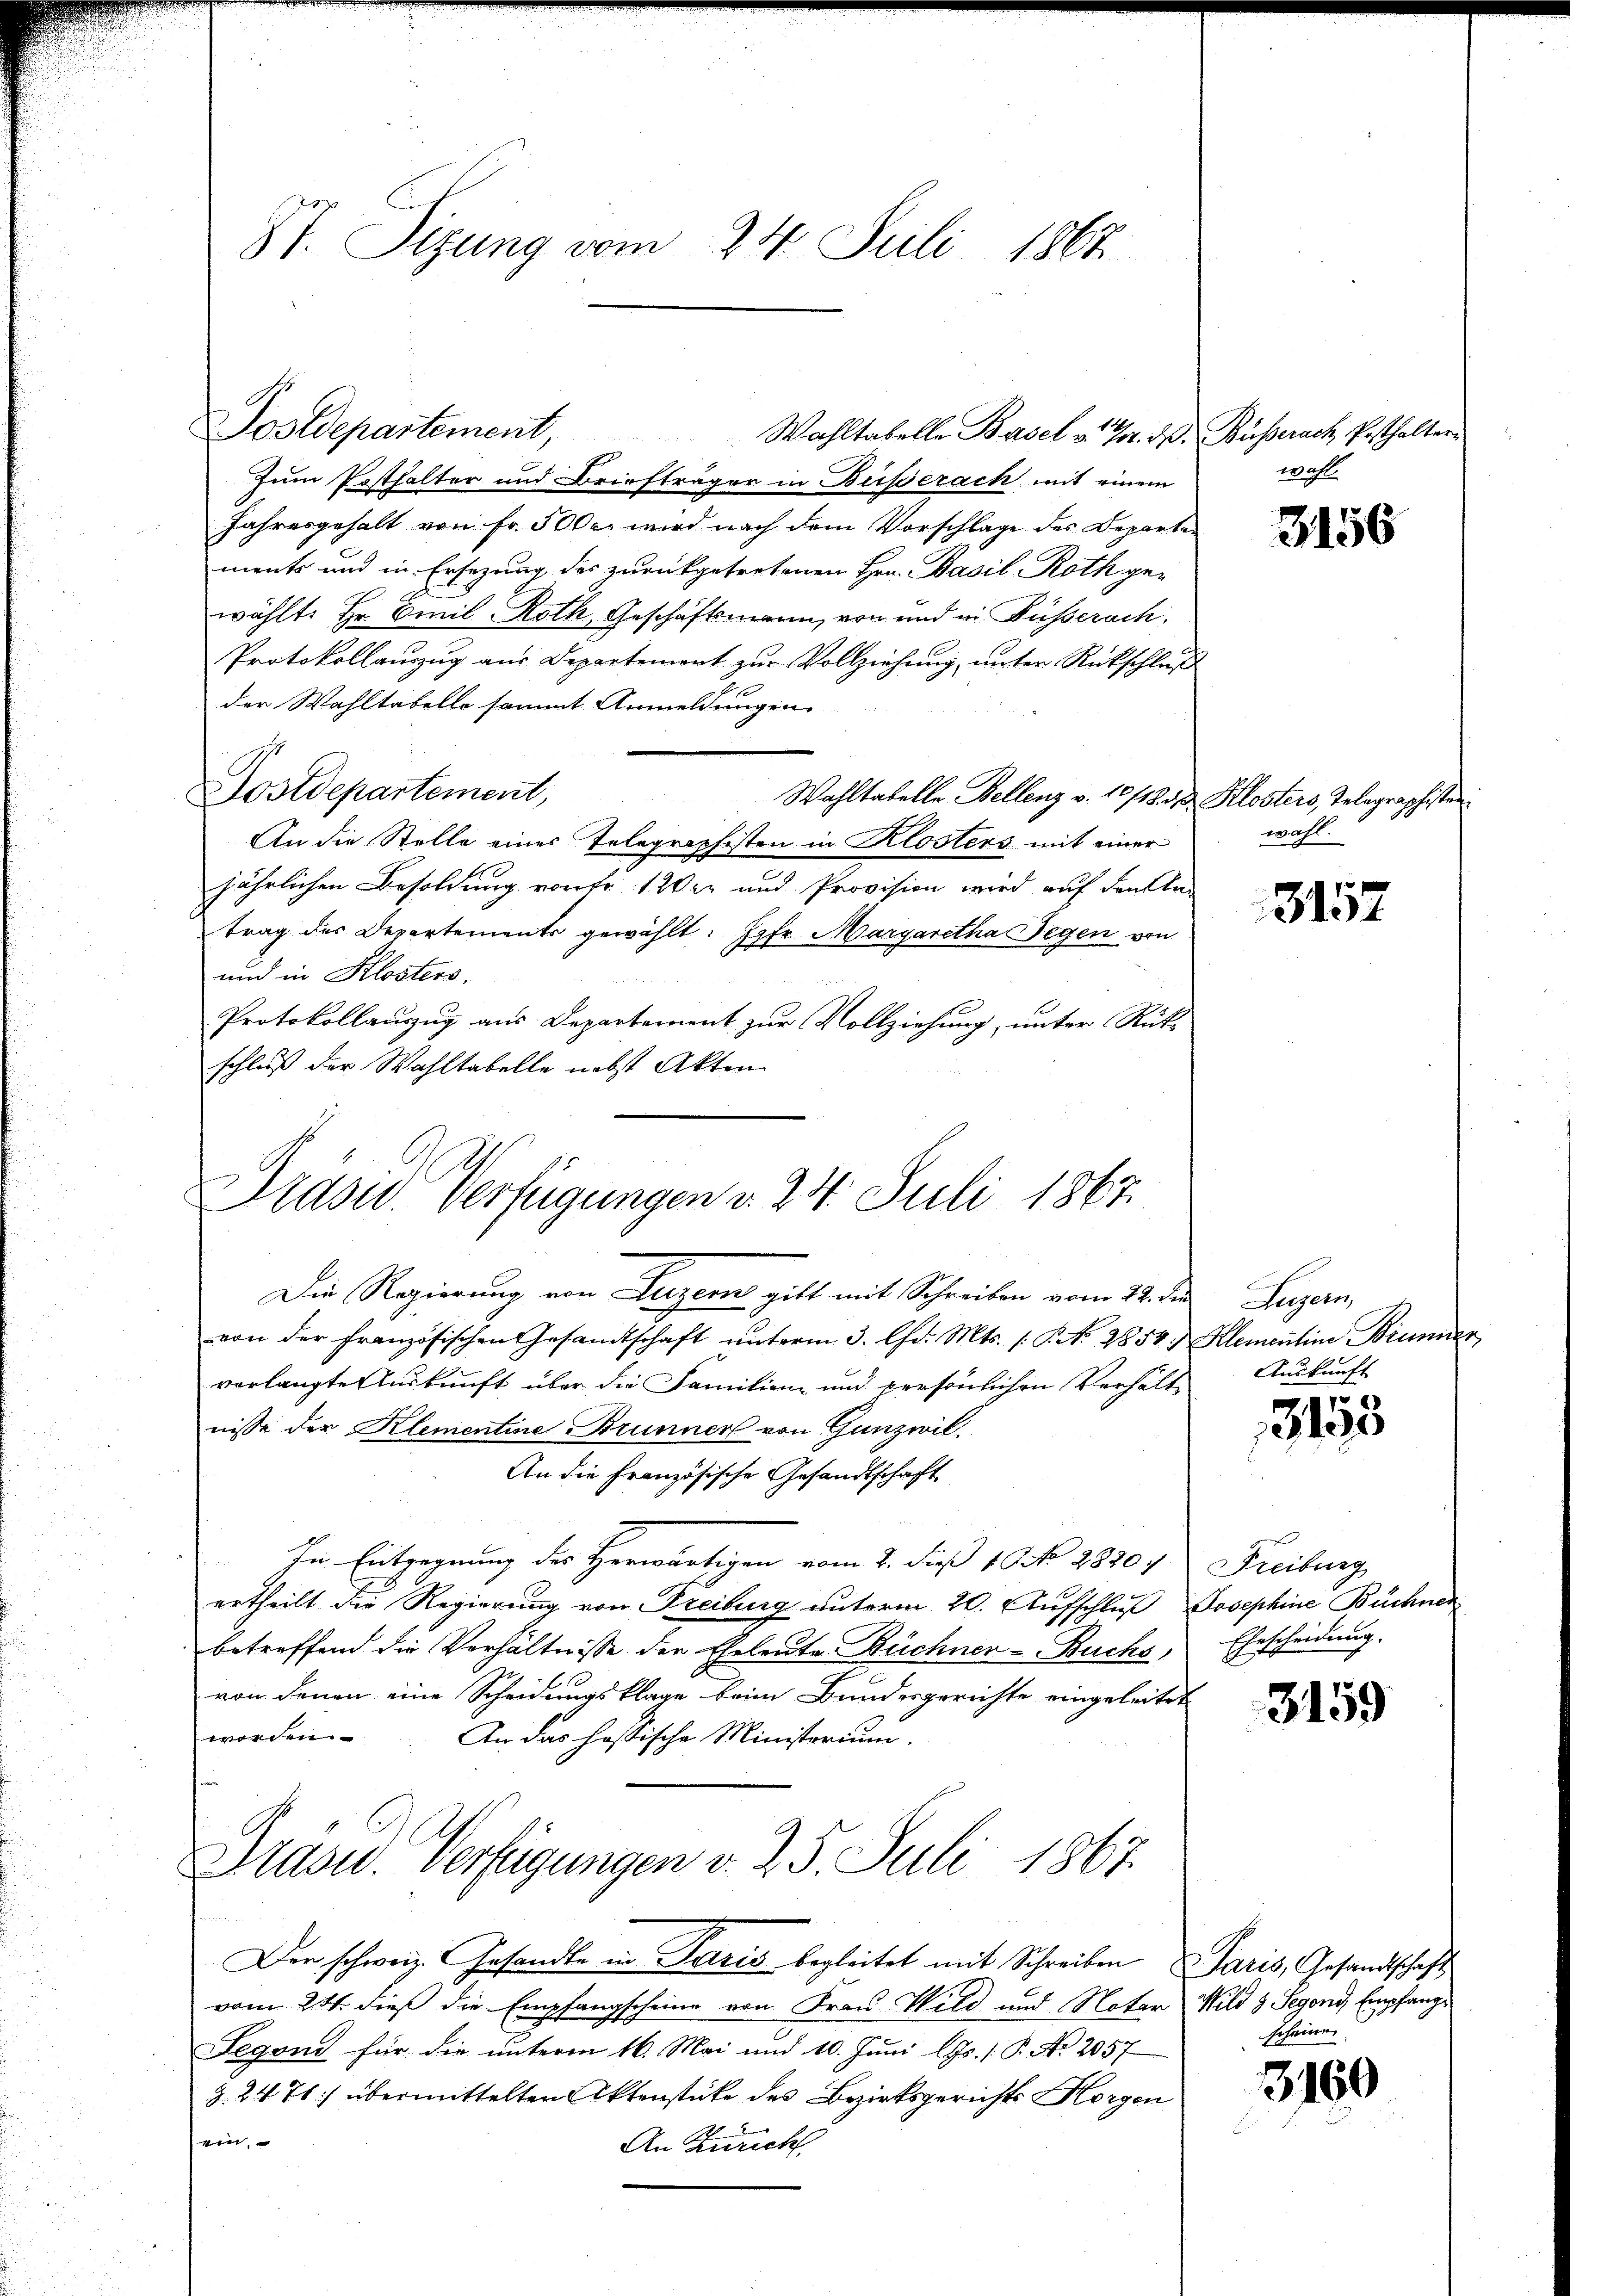
Postdepartement, Wahltabelle Basel v. 7. d. Busserach Pesthalter¬
Zum Posthalter und Briefträger in Bußerach mit einem
Jahresgehalt von Fr. 50c wird nach dem Vorschlage des Departe
ments und in Ersezung des zurückgetretenen Hrn. Basil Roth ge-
wählte Hr. Emil Roth, Geschäftsmann, von und in Füsserach.
Protokollenzug aus Departement zur Vollziehung, unter Rückschluß
der Wahltatelle sammt Anmeldungen
Postdepartement,
Wahltabelle Bellenz v. 10/12. 3. Klosters, Telegraphistan¬
An die Stelle eines Telegraphisten in Klosters mit einer
jährlichen Besoldung von Fr. 1200 und Provision wird auf den An-
trag des Departements gewählt: Jgfr. Margaretha Gegen von
und in Klosters.
Protokollauszug aus Departement zur Vollziehung, unter Rück-
schluß der Wahltabelle nebst Akten

St. Sizung vom 24. Juli 1867

Drdsu. Verfügungen v. 24. Juli 1867

Die Regierung von Luzern gibt mit Schreiben vom 22. die
von der französischen Gesamtschaft unterm 3. Chr. Mts. s. S. N. 2854. Klementine Bemer
verlangte Auskunft über die Famition und persönlichen Verhältnisse der Klementine Brunner von Gunz wil¬
An die Französische Gesandtschaft
In Entgegnung des Herwärtigen vom 2. Fuß 1 NNo. 28207. Freiburg
ertheilt die Regierung von Freiburg unterm 20. Aufschluß Josephine Büchner
betreffend die Verhältnisse der Eheleute Büchner-Buchs,
von denen eine Scheidungsklage beim Bundesgerichte eingeleitet
worden.
An das hassische Ministerium.
Präsid.. Verfügungen v. 2. 5. Juli 1867.

Der schweiz. Gesandte in Paris begleitet mit Schreiben Paris, Gesandtschaft
vom 24. dieß die Empfangscheine von Frau Wild und Noter Wild & Segend, Empfang¬
Segens für die unterm 16. Mai und 10. Juni lJs. P. Nr. 2057
§. 24 T] übermittelten Aktenstücke des Bezirksgerichts Horgen
eit
An Zürich.

wahl.

3156

wahl.

3157

Legern
Auskunft

13155

Ehescheidung.

3159

scheinen

3160